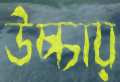
উচ্চায়